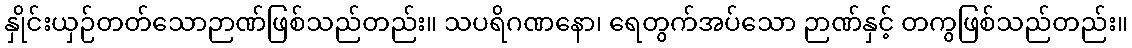
နှိုင်းယှဉ်တတ်သောဉာဏ်ဖြစ်သည်တည်း။ သပရိဂဏနော၊ ရေတွက်အပ်သော ဉာဏ်နှင့် တကွဖြစ်သည်တည်း။